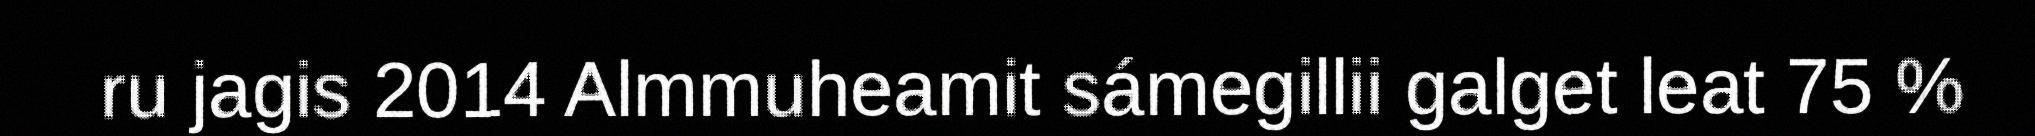
ru jagis 2014 Almmuheamit sámegillii galget leat 75 %